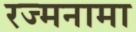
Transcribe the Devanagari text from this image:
रज्मनामा